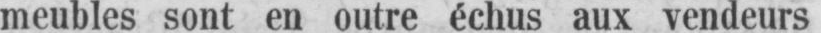
meubles sont en outre échus aux vendeurs